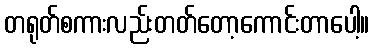
တရုတ်စကားလည်းတတ်တော့ကောင်းတာပေါ့။